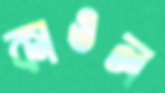
কাওল